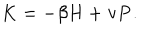
K = - \beta H + { \bf v } { \bf P } .